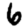
Digit: 6